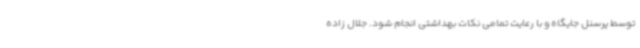
توسط پرسنل جایگاه و با رعایت تمامی نکات بهداشتی انجام شود. جلال زاده